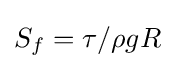
S_{f}=\tau /\rho gR